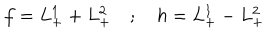
f = L _ { + } ^ { 1 } + L _ { + } ^ { 2 } \quad ; \quad h = L _ { + } ^ { 1 } - L _ { + } ^ { 2 }